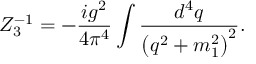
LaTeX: Z _ { 3 } ^ { - 1 } = - \frac { i g ^ { 2 } } { 4 \pi ^ { 4 } } \int \frac { d ^ { 4 } q } { \left( q ^ { 2 } + m _ { 1 } ^ { 2 } \right) ^ { 2 } } .